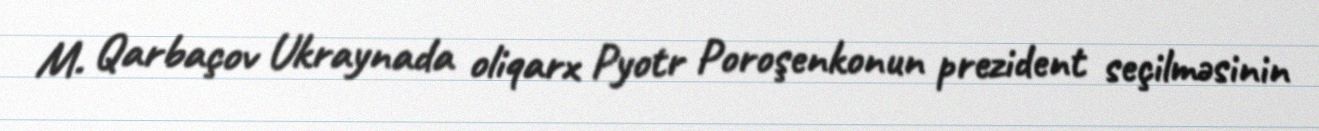
M. Qarbaçov Ukraynada oliqarx Pyotr Poroşenkonun prezident seçilməsinin